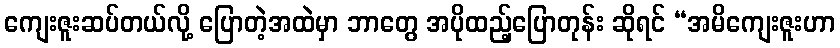
ကျေးဇူးဆပ်တယ်လို့ ပြောတဲ့အထဲမှာ ဘာတွေ အပိုထည့်ပြောတုန်း ဆိုရင် “အမိကျေးဇူးဟာ